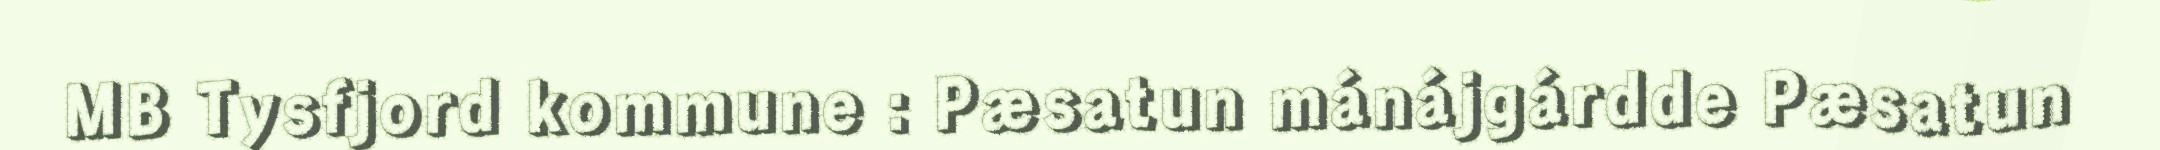
MB Tysfjord kommune : Pæsatun mánájgárdde Pæsatun